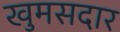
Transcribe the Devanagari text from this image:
खुमसदार